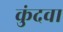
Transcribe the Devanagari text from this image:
कुंदवा